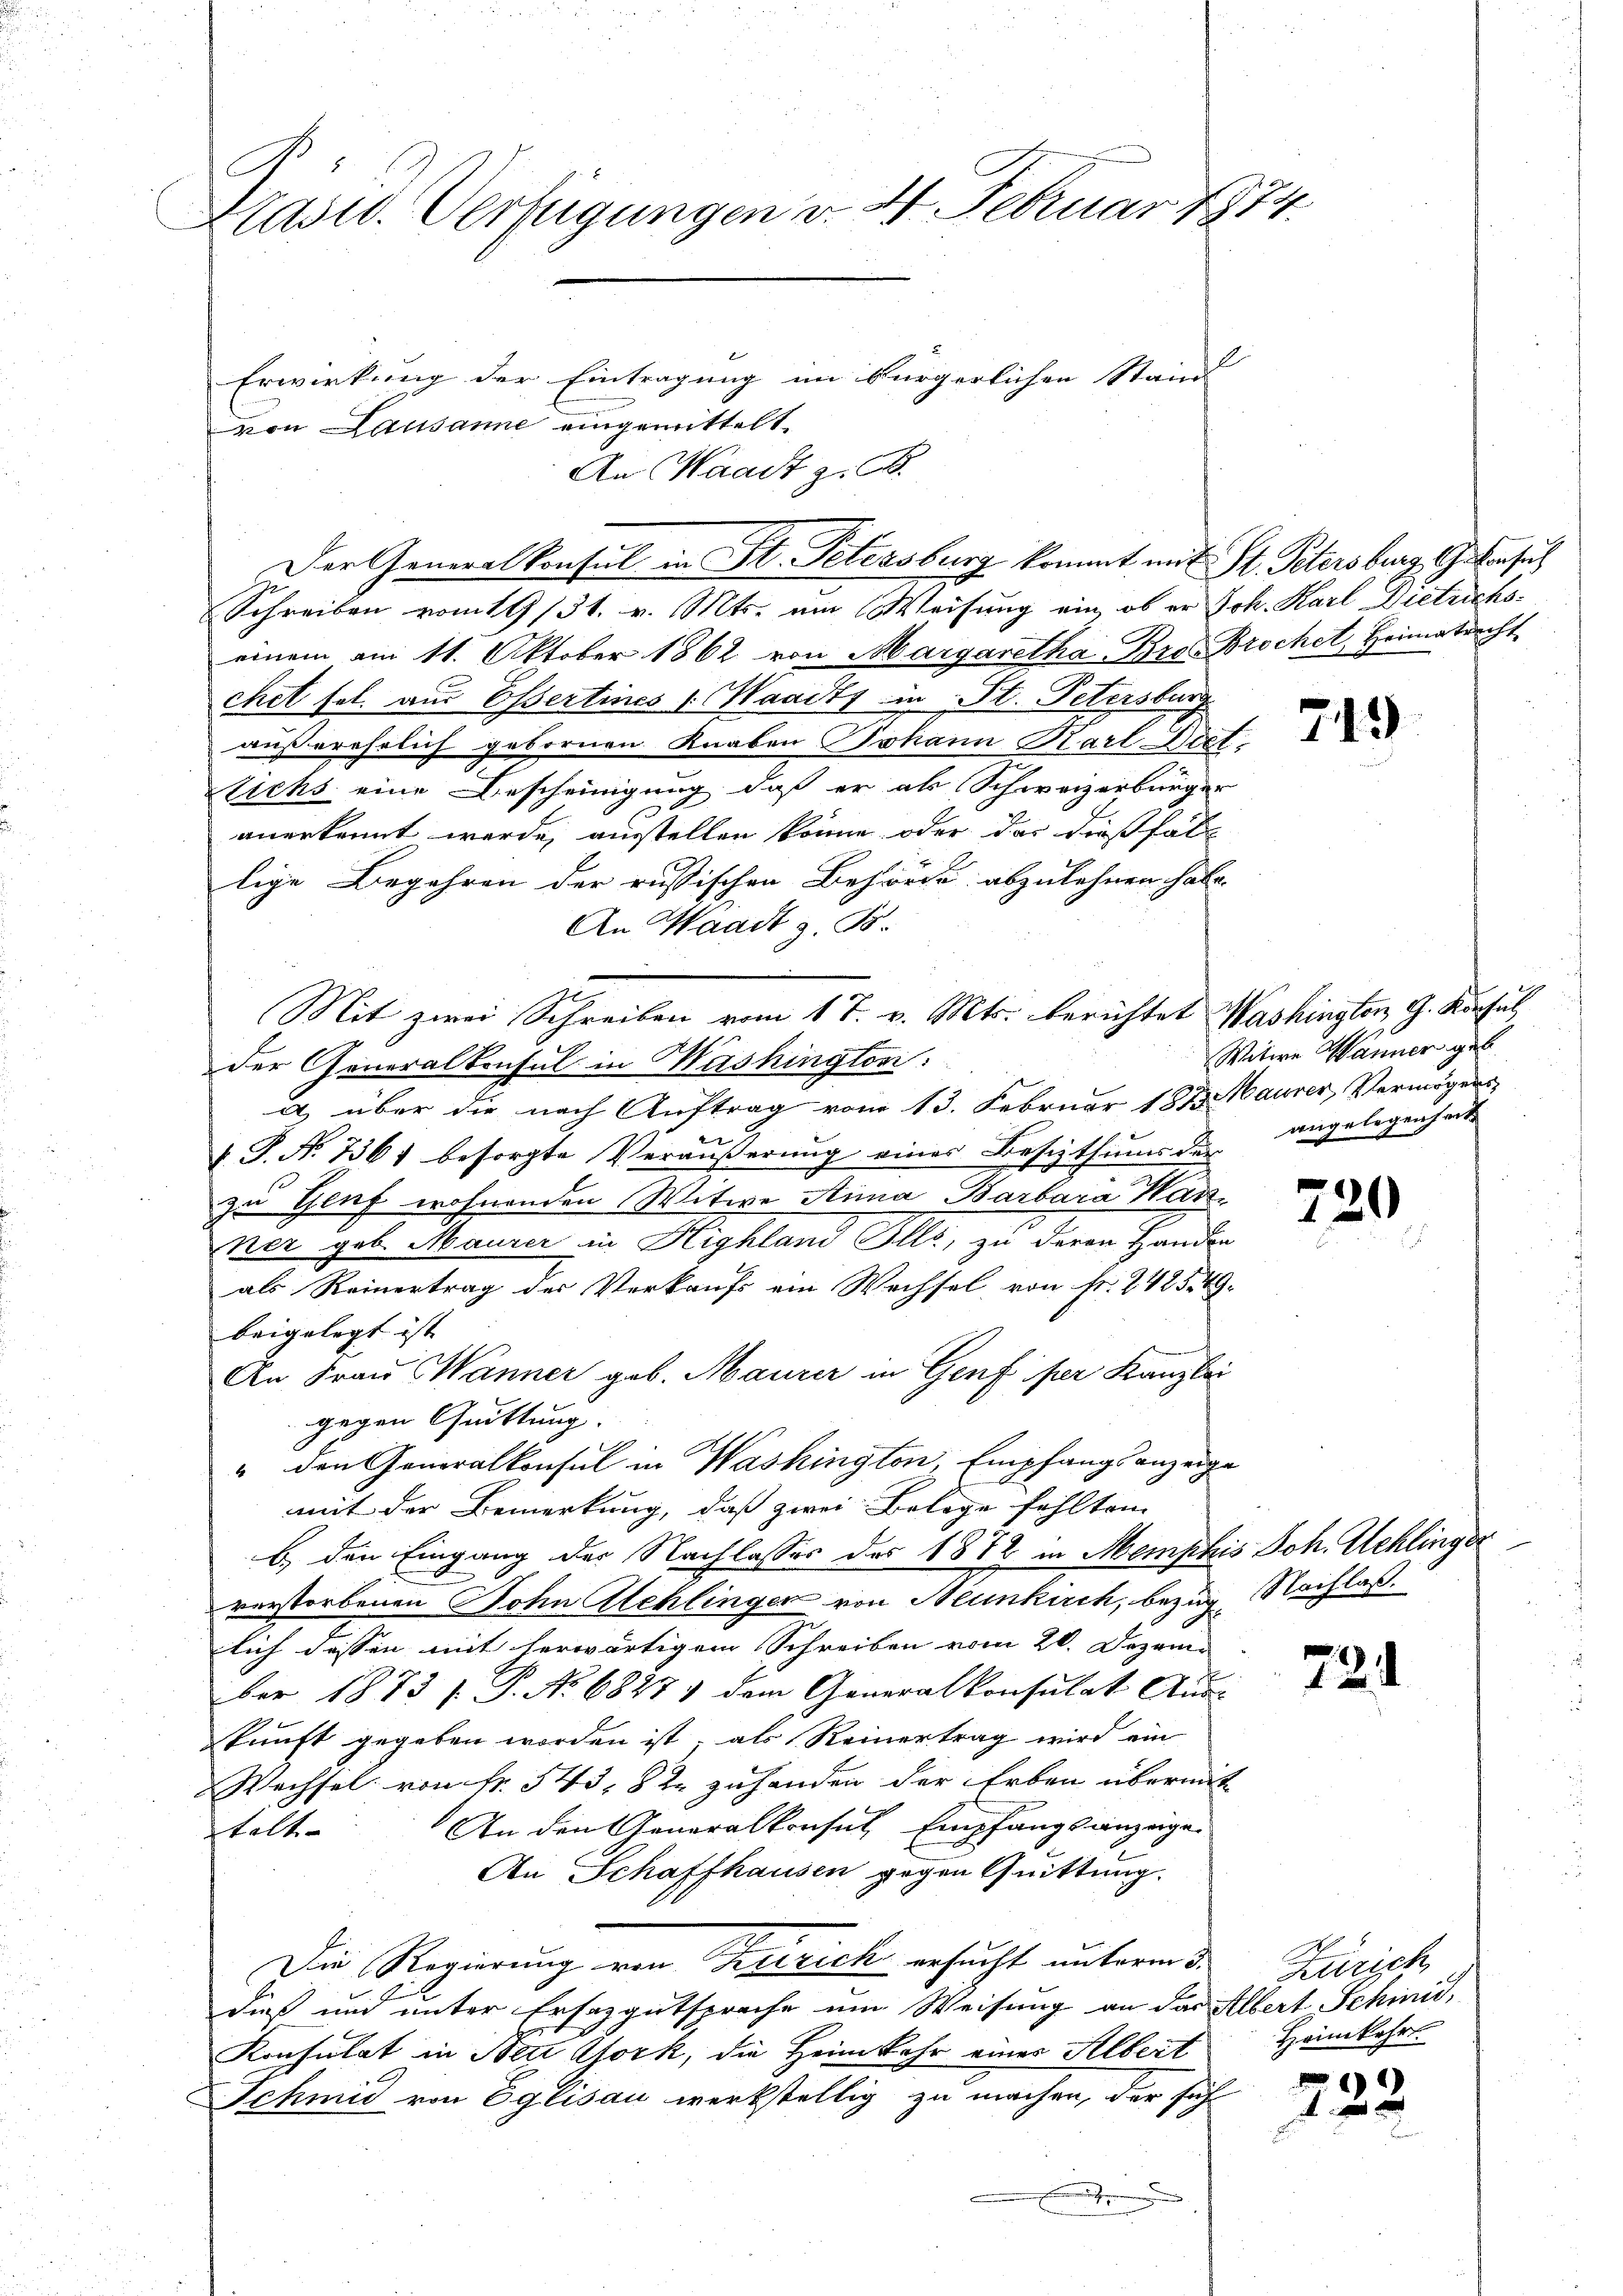
Präsid. Verfügungen v. 4. Februar 1874.
Erwirkung der Eintragung im bürgerlichen Stand |
von Lausanne eingemittelt.

An Waadt z. B.

Schreiben vom 19/31. v. Mts. um Weisung ein, ob er Joh. Karl Dietrichseinem am 11. Oktober 1862 von Margaretha Bro. Brochet, Heimatricht
chet sel. am Essertines Waadt in St. Petersburg
außerehrlich gebornen Knaben Johann Karl Dott
tichs eine Bescheinigung, daß er als Schweizerbürger
anerkannt werde, ausstellen könne, oder das dießfäll
lige Begehren der russischen Behörde abzulehnen habe.
An Waadt z. B.
der Generalkonsul in Mashington:
a, über die nach Auftrag vom 13. Februar 1873 Maurer, Vermögens
 P. N. 7361 besorgte Veräußerung eines Besizthums der
zu Genf wohnenden Witwe Anna Barbara Hanner geb. Maurer in Highland Ills, zu deren Handen
als Reinertrag des Verkaufs ein Wechsel von Fr. 242549.
beigelegt ist |
An Frau Männer geb. Maurer in Genf per Kanzlei
gegen Quittung.
" den Generalkonsul in Washington, Empfangsanzeige
mit der Bemerkung, daß zwei Belege fehlten
b.) den Eingang der Nachlasses des 1872 in Memphis Joh. Schlinger
verstorbenen Sohn Mehlinger von Neunkirch, bezug, Nachlaß.
lich dessen mit herwärtigem Schreiben vom 20. Dezem
ber 1873 f. P. No 6827. dem Generalkonsulat Aus-
kunft gegeben worden ist, als Reinertrag wird ein
Wechsel von Nr. 545. 822 zuhanden der Erben übernit
An den Generalkonsul Empfangsanzeige
telt
An Schaffhausen gegen Quittung.
Die Regierung von Freizick ersucht unterm 3.
dieß und unter Ersazgutspreche um Weisung an das Albert Schinid,
Konsulat in New York, die Heimkehr eines Albert
Schmid von Eglisau werkstellig zu machen, der sich
.

Mit zwei Schreiben vom 17. v. Mts. berichtet Washington G. Konsul

Der Generalkonsul in St. Petersburg kommt mit St. Petersburg Gehnsuch

713

Witwe Wanner geb.
angelegenheit

720

724

Zürich,
Heimkehrt.

)